Civil Veterinary Department Bihar reports 1940-50 - 1940-1950
Year: 1940
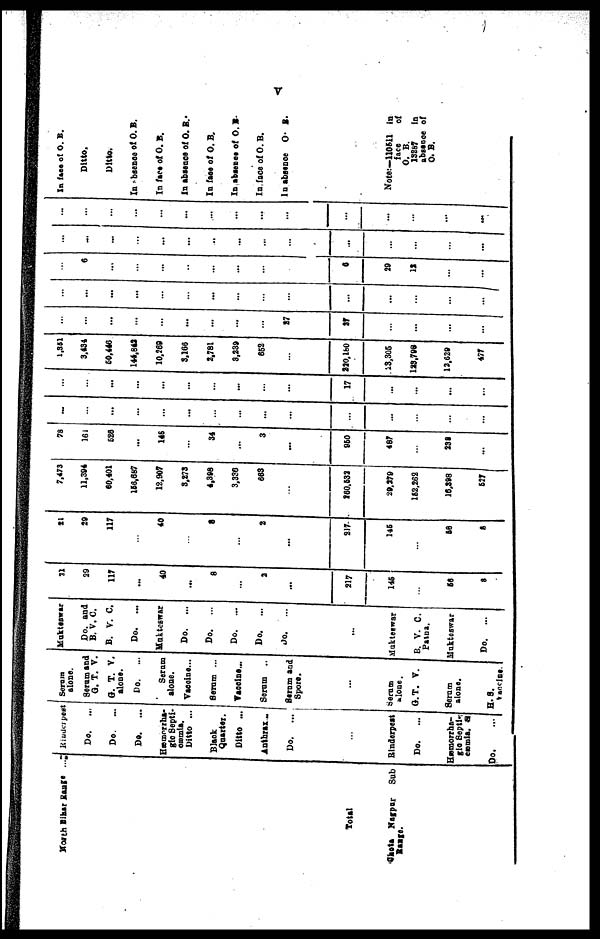
V
North Bihar Range . ..
Total
Chota Narpur
Sub
Range.
Rinderpest
Do.
Do.
...
Do.
...
Hæmorrha-
gic Septi-
cæmia.
Ditto ...
Black
Quarter.
Ditto ...
Anthrax ..
Do.
...
...
Rinderpest
Do.
Hæmorrha-
gic Septi-
cæmia.
Do. ...
Serum
alone.
Serum and
G. T. V.
0. T. V.
alone.
Do.
...
Serum
alone.
Vaccine ...
Serum ...
Vaccine ...
Serum ...
Serum and
Spore.
...
Serum
alone.
G.T. V.
Serum
alone.
H. S.
vaccine.
Mukteswar
Do. and
B. V. C.
B. V. C.
Do.
...
Makteswar
Do.
...
Do.
...
Do.
...
Do.
...
Do.
...
...
Mukteswar
B. V. C.
Patna.
Mukteswar
Do.
...
31
29
117
...
40
...
8
...
2
...
217
146
...
66
8
11
20
117
...
40
...
8
...
2
...
217
145
...
58
8
7.473
11,394
60,401
156,687
12,907
3,273
4,398
3,330
663
...
260,532
28,279
152,262
16,308
527
78
161
528
...
148
...
34
...
3
...
950
487
...
238
...
...
...
...
...
...
...
...
...
...
...
...
...
...
...
...
...
...
...
...
...
...
...
...
...
17
...
...
...
...
1,351
3,434
50,446
144,842
10,269
3,166
8.781
3,239
652
...
220,180
13,306
123,798
12,629
477
...
...
...
...
...
...
...
...
...
27
27
...
...
...
...
...
...
...
...
...
...
...
...
...
...
...
...
...
...
......
...
6
...
...
...
...
...
...
...
...
6
29
12
...
...
...
...
...
...
...
...
...
...
...
...
...
...
...
...
...
...
...
...
...
...
...
...
...
...
...
...
...
...
...
...
In face of O. B.
Ditto.
Ditto.
In absence of O. B.
In face of O. B.
In absence of O. B.
In face of O. B.
In absence of O. B.
In face of O. B.
In absence O. B.
Note:—110511 in
face
of
O. B.
13287
in
absence of
0. B.